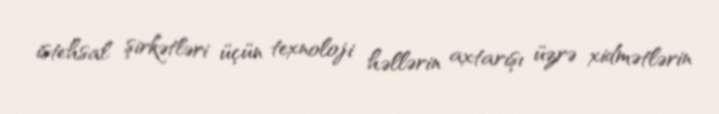
istehsal şirkətləri üçün texnoloji həllərin axtarışı üzrə xidmətlərin